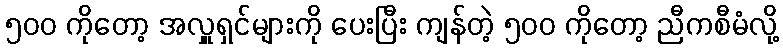
၅၀၀ ကိုတော့ အလှူရှင်များကို ပေးပြီး ကျန်တဲ့ ၅၀၀ ကိုတော့ ညီကစီမံလို့